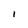
Character: I